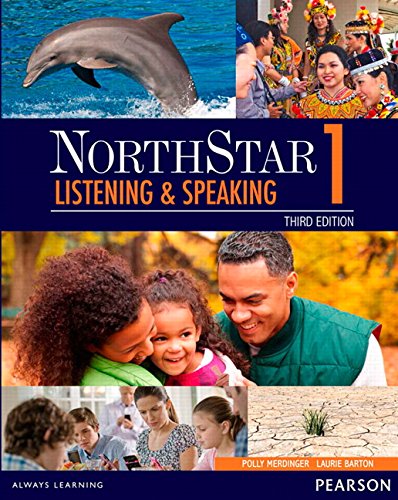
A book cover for NorthStar 1: Listening and Speaking, 3rd Edition; Polly Merdinger; Reference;